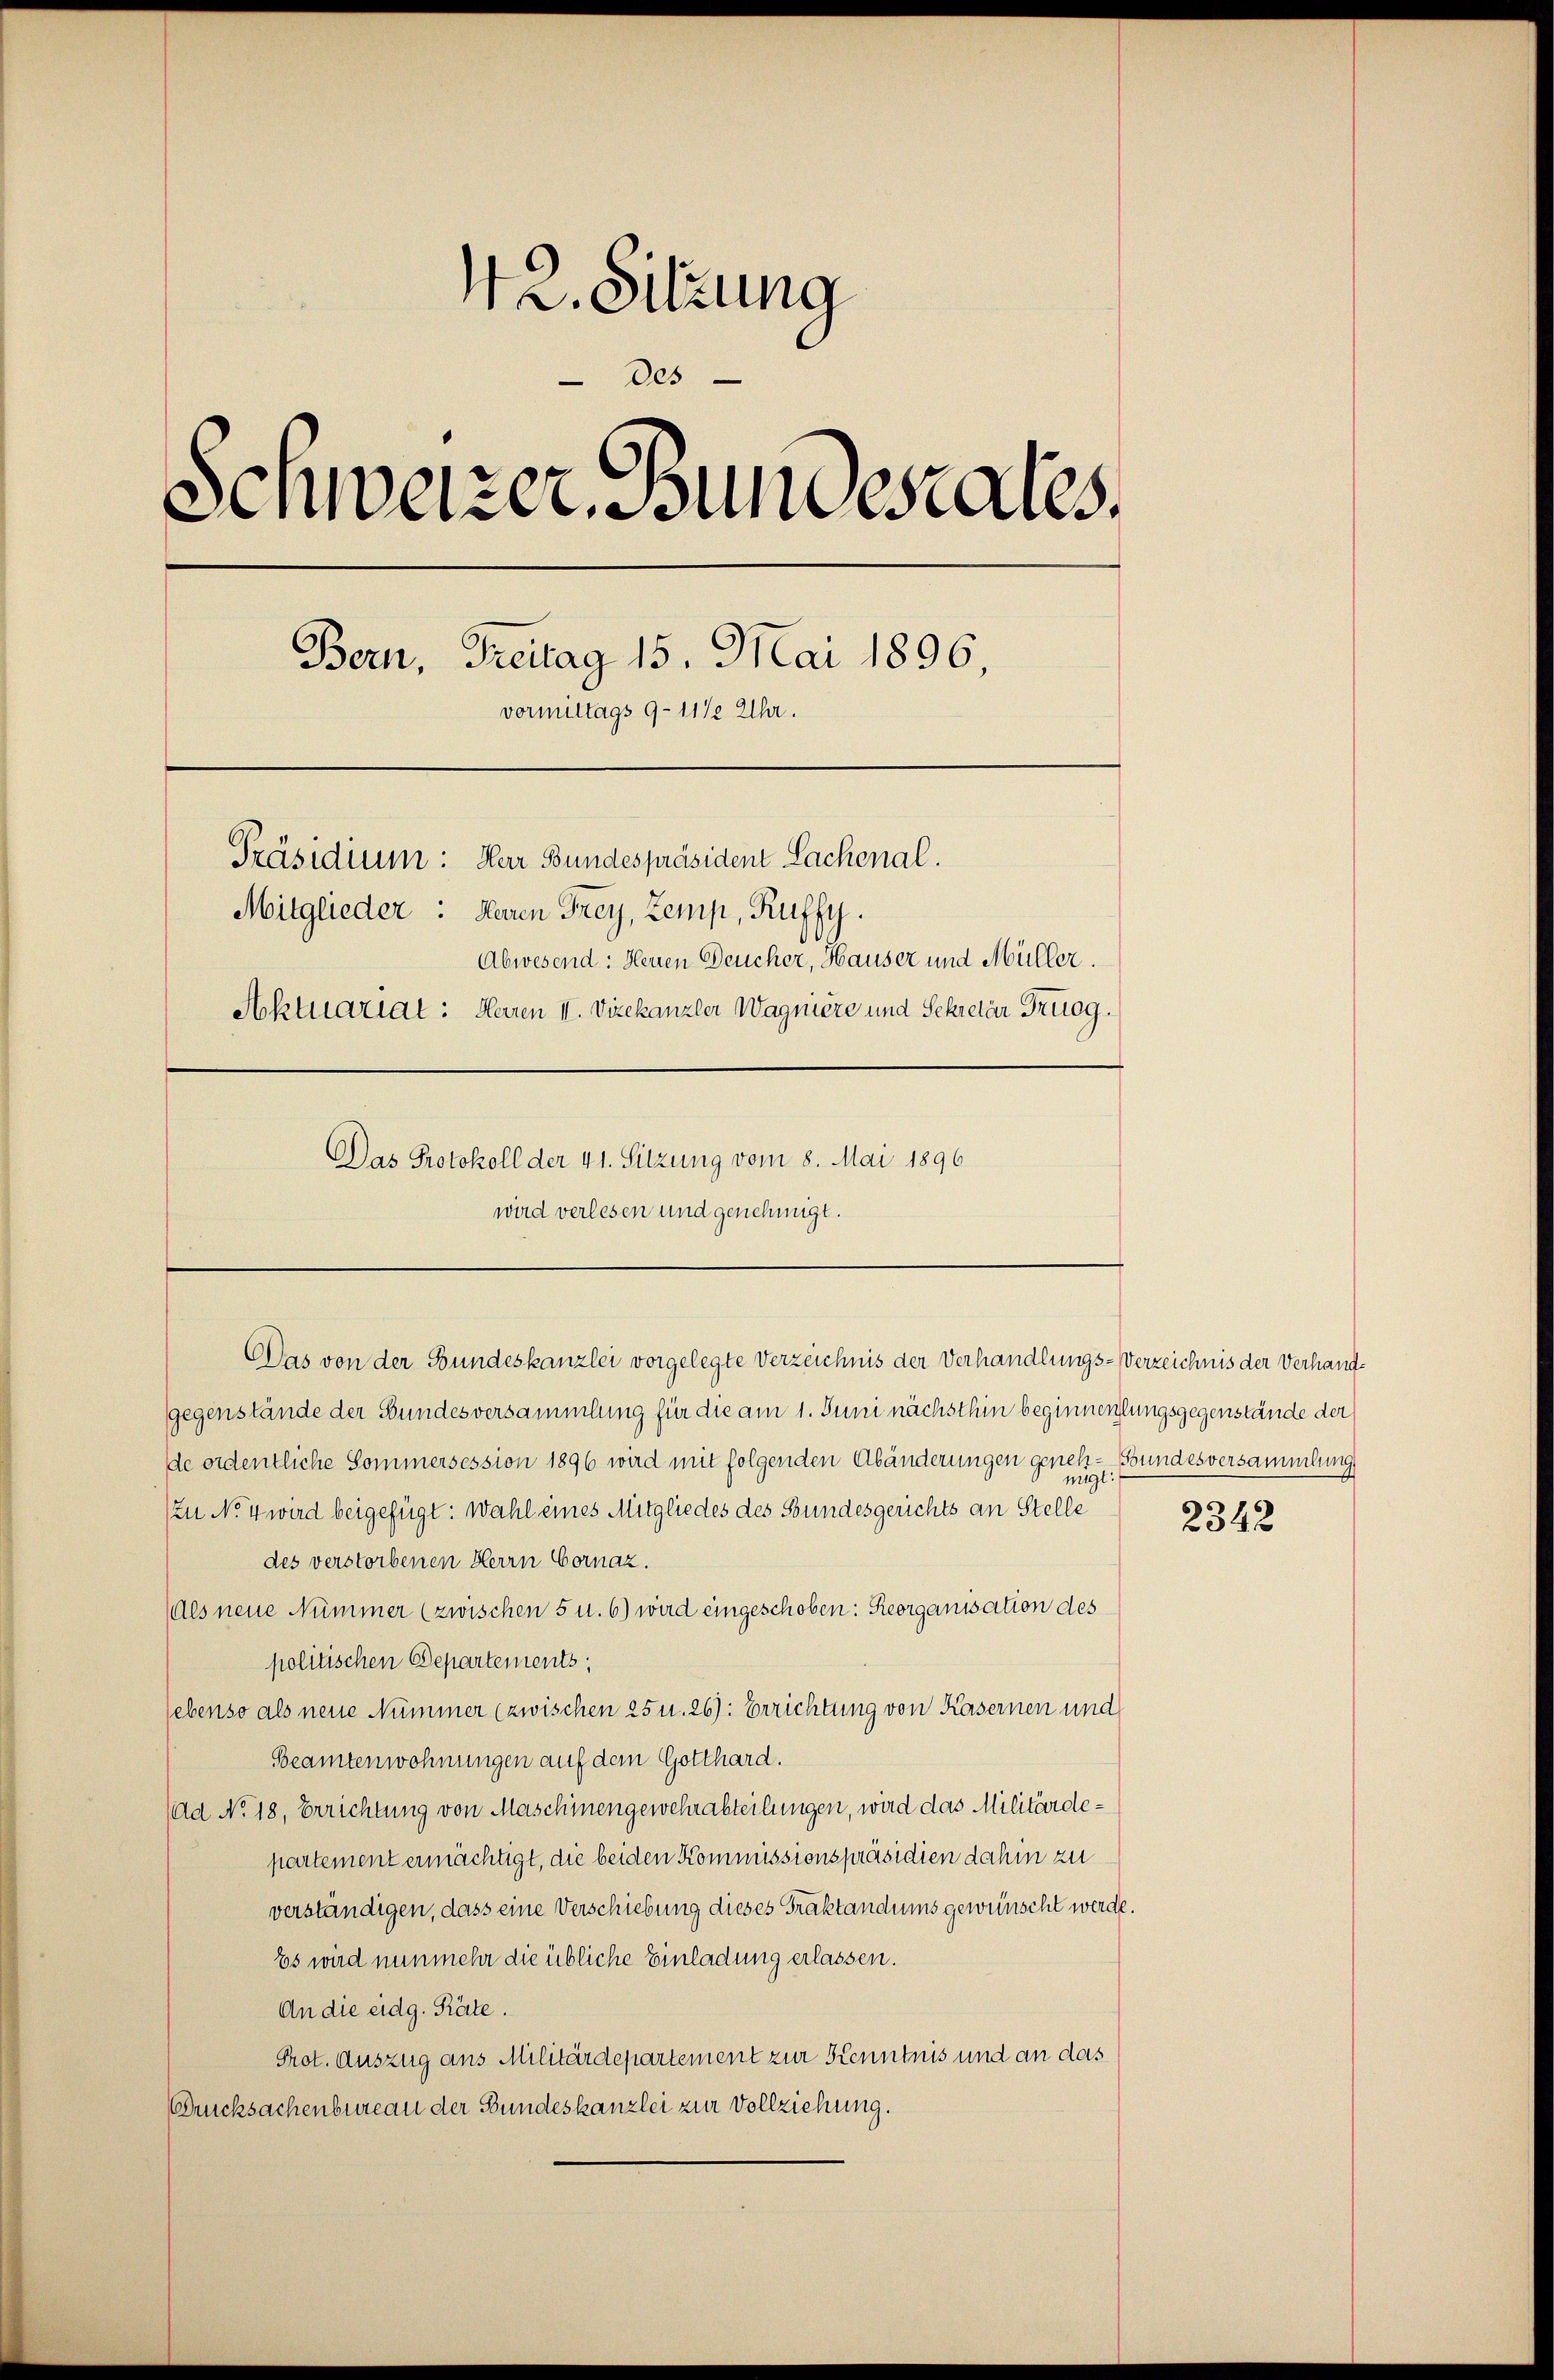
42. Sitzung
Des
Schweizer, Bundesrates,
Bern, Freitag 15. Mai 1896,
vormittags 9-11/2 Uhr.
Präsidium: Herr Bundespräsiden Lachenal.
Mitglieder: Herren Frey, Zemp, Ruffy.
Abwesend: Heuen Deucher, Hauser und Müller.
Aktuariat: Herren II. Vizekanzler Wagniere und Sekretär Truog.
Das Protokoll der 41. Sitzung vom 8. Mai 1896

wird verlesen und genehmigt.
Das von der Bundeskanzlei vorgelegte Verzeichnis der Verhandlungs-Verzeichnis der Verhand¬

gegenstände der Bundesversammlung für die am 1. Juni nächsthin beginnenlungsgegenstände der
de ordentliche Sommersession 1896 wird mit folgenden Abänderungen geneh- Bundesversammlung
mi
Zu No 4 wird beigefügt: Wahl eines Mitgliedes des Bundesgerichts an Stelle
des verstorbenen Herrn Cornaz.
Als neue Nummer (zwischen 5 u. 6) wird eingeschoben: Reorganisation des
politischen Departements;
lebenso als neue Nummer (zwischen 25 u. 26): Errichtung von Kasernen und
Beamtenwohnungen auf dem Gotthard.
(ad No. 18, Errichtung von Maschinengewehrabteilungen, wird das Militärdepartement ermächtigt, die beiden Kommissionspräsidien dahin zu
verständigen, dass eine Verschiebung dieses Traktandums gewünscht werde.
Es wird nunmehr die übliche Einladung erlassen.
An die eidg. Räte.
Prot. Auszug aus Militärdepartement zur Kenntnis und an das
Drucksachenbureau der Bundeskanzlei zur Vollziehung.

2342